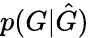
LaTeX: p(G|\hat{G})